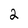
Character: 2